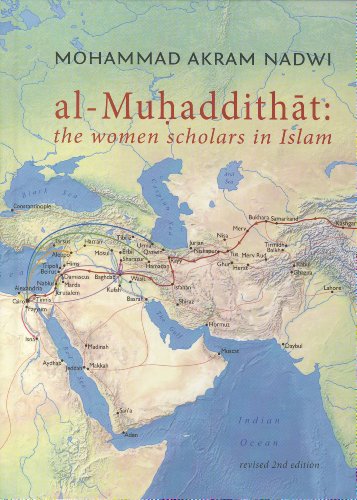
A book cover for Al-Muhaddithat: The Women Scholars in Islam; Mohammad Akram Nadwi; Religion & Spirituality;